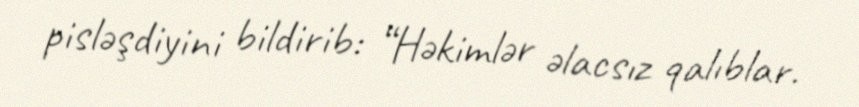
pisləşdiyini bildirib: “Həkimlər əlacsız qalıblar.